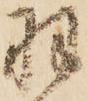
羽